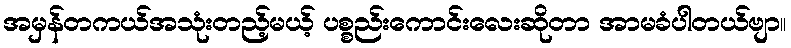
အမှန်တကယ်အသုံးတည့်မယ့် ပစ္စည်းကောင်းလေးဆိုတာ အာမခံပါတယ်ဗျာ။